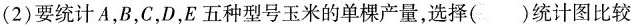
(2)要统计A，B，C，D，E五种型号玉米的单棵产量，选择( )统计图比较